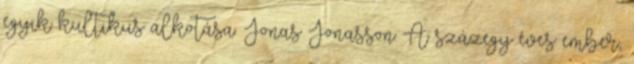
egyik kultikus alkotása. Jonas Jonasson: A százegy éves ember,